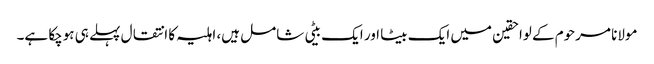
مولانا مرحوم کے لواحقین میں ایک بیٹا اور ایک بیٹی شامل ہیں، اہلیہ کا انتقال پہلے ہی ہوچکا ہے۔